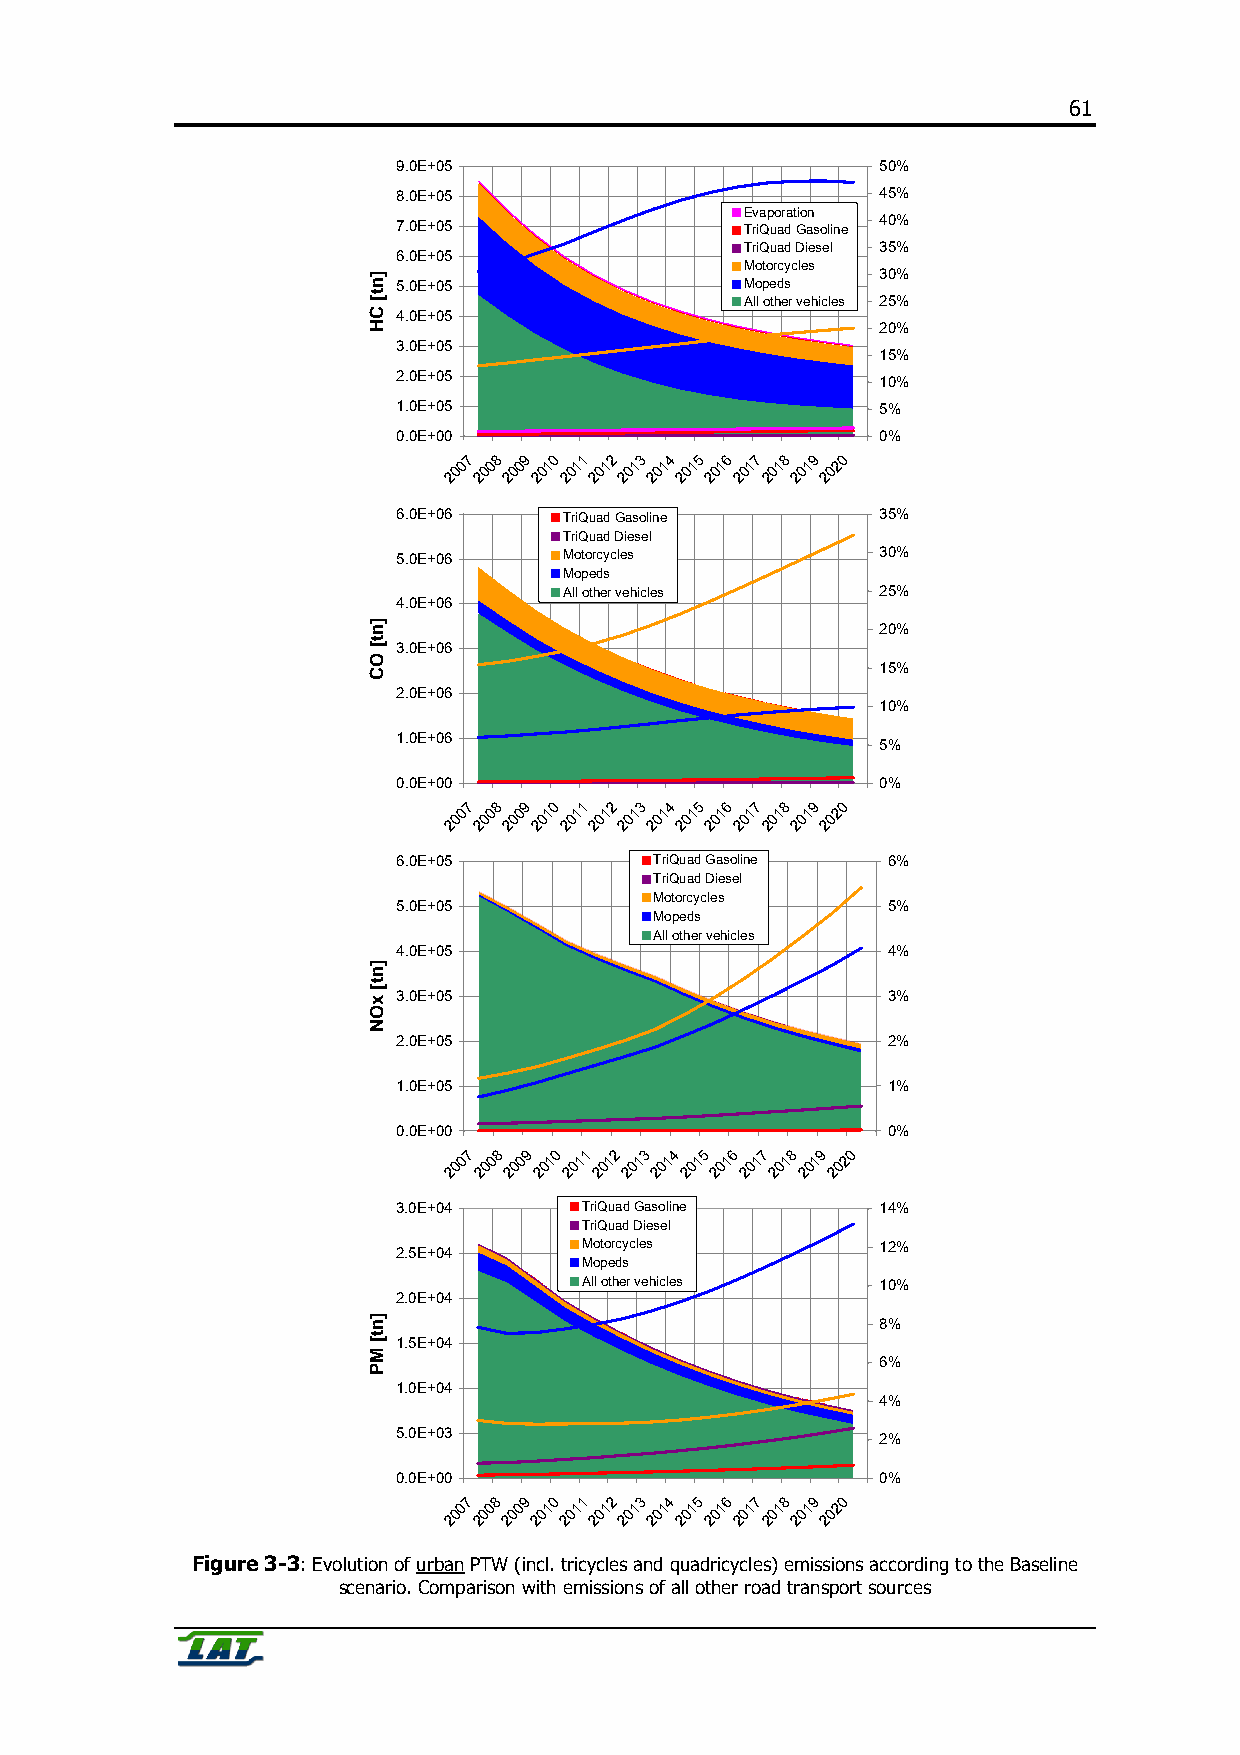
61
 9.0E+05                         50%
 8.0E+05                         45%
 Evaporation
 7.0E+05                TriQuad Gasoline 40%
 TriQuad Diesel 35%
 6.0E+05
 Motorcycles
 30%
 5.0E+05                Mopeds
 All other vehicles 25%
 4.0E+05
 20%
 3.0E+05
 15%
 2.0E+05                         10%
 1.0E+05                         5%
 0.0E+00                         0%
 2007 2008 2009 2010 2011 2012 2013 2014 2015 2016 2017 2018 2019 2020
 6.0E+06    TriQuad Gasoline     35%
 TriQuad Diesel
 5.0E+06    Motorcycles          30%
 Mopeds
 All other vehicles   25%
 4.0E+06
 20%
 3.0E+06
 15%
 2.0E+06
 10%
 1.0E+06
 5%
 0.0E+00                         0%
 2007 2008 2009 2010 2011 2012 2013 2014 2015 2016 2017 2018 2019 2020
 6.0E+05          TriQuad Gasoline 6%
 TriQuad Diesel
 Motorcycles
 5.0E+05                          5%
 Mopeds
 All other vehicles
 4.0E+05                          4%
 3.0E+05                          3%
 2.0E+05                          2%
 1.0E+05                          1%
 0.0E+00                          0%
 2007 2008 2009 2010 2011 2012 2013 2014 2015 2016 2017 2018 2019 2020
 3.0E+04      TriQuad Gasoline   14%
 TriQuad Diesel
 Motorcycles        12%
 2.5E+04
 Mopeds
 All other vehicles 10%
 2.0E+04
 8%
 1.5E+04
 6%
 1.0E+04
 4%
 5.0E+03
 2%
 0.0E+00                         0%
 2007 2008 2009 2010 2011 2012 2013 2014 2015 2016 2017 2018 2019 2020
 Figure 3-3: Evolution of urban PTW (incl. tricycles and quadricycles) emissions according to the Baseline
 scenario. Comparison with emissions of all other road transport sources
 ]nt[
 CH
 ]nt[
 OC
 ]nt[
 xON
 ]nt[
 MP